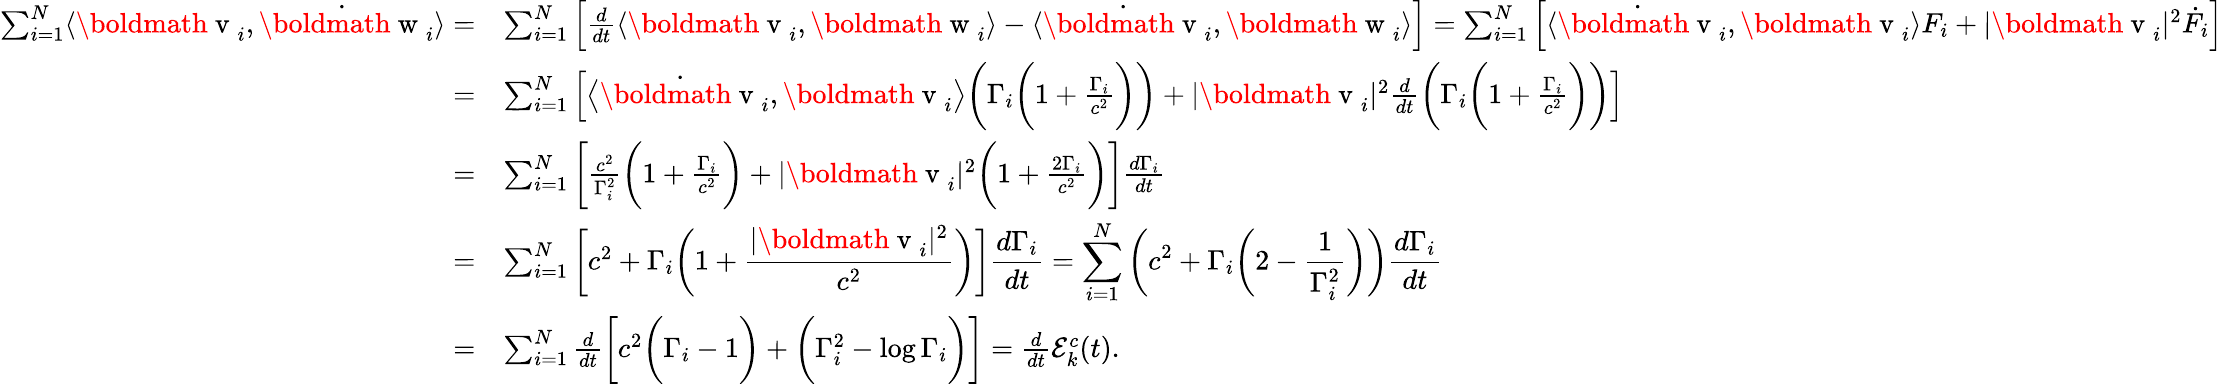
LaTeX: \begin{array}{r}{\begin{array}{rl}{\sum_{i=1}^{N}\langle\mathrm{\boldmath~v~}_{i},\dot{\mathrm{\boldmath~w~}}_{i}\rangle=}&{\sum_{i=1}^{N}\left[\frac{d}{dt}\langle\mathrm{\boldmath~v~}_{i},\mathrm{\boldmath~w~}_{i}\rangle-\langle\dot{\mathrm{\boldmath~v~}}_{i},\mathrm{\boldmath~w~}_{i}\rangle\right]=\sum_{i=1}^{N}\left[\langle\dot{\mathrm{\boldmath~v~}}_{i},\mathrm{\boldmath~v~}_{i}\rangle F_{i}+|\mathrm{\boldmath~v~}_{i}|^{2}\dot{F}_{i}\right]}\\ {=}&{\sum_{i=1}^{N}\left[\big\langle\dot{\mathrm{\boldmath~v~}}_{i},\mathrm{\boldmath~v~}_{i}\big\rangle\bigg(\Gamma_{i}\bigg(1+\frac{\Gamma_{i}}{c^{2}}\bigg)\bigg)+|\mathrm{\boldmath~v~}_{i}|^{2}\frac{d}{dt}\bigg(\Gamma_{i}\bigg(1+\frac{\Gamma_{i}}{c^{2}}\bigg)\bigg)\right]}\\ {=}&{\sum_{i=1}^{N}\bigg[\frac{c^{2}}{\Gamma_{i}^{2}}\bigg(1+\frac{\Gamma_{i}}{c^{2}}\bigg)+|\mathrm{\boldmath~v~}_{i}|^{2}\bigg(1+\frac{2\Gamma_{i}}{c^{2}}\bigg)\bigg]\frac{d\Gamma_{i}}{dt}}\\ {=}&{\sum_{i=1}^{N}\bigg[c^{2}+\Gamma_{i}\bigg(1+\displaystyle\frac{|\mathrm{\boldmath~v~}_{i}|^{2}}{c^{2}}\bigg)\bigg]\frac{d\Gamma_{i}}{dt}=\sum_{i=1}^{N}\bigg(c^{2}+\Gamma_{i}\bigg(2-\frac{1}{\Gamma_{i}^{2}}\bigg)\bigg)\frac{d\Gamma_{i}}{dt}}\\ {=}&{\sum_{i=1}^{N}\frac{d}{dt}\bigg[c^{2}\bigg(\Gamma_{i}-1\bigg)+\bigg(\Gamma_{i}^{2}-\log{\Gamma_{i}}\bigg)\bigg]=\frac{d}{dt}\mathcal{E}_{k}^{c}(t).}\end{array}}\end{array}